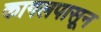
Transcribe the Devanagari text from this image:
कागलपासून